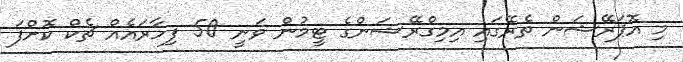
މި އޮޕަރޭޝަން ތެރޭގައި އިމިގްރޭޝަންގެ ޓީމުން ވަނީ 50 ފިހާރައެއް ޗެކް ކޮށްފަ